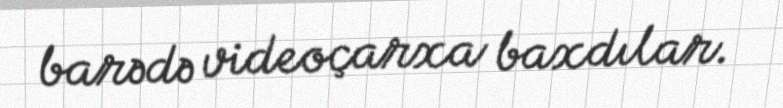
barədə videoçarxa baxdılar.